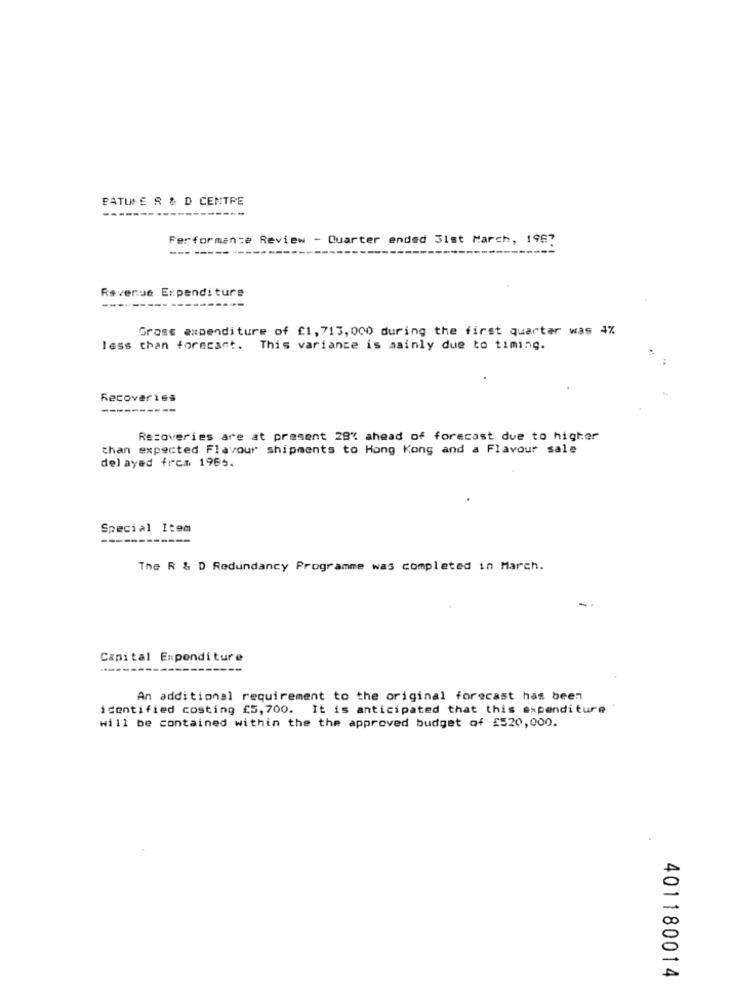
PATUNE R & D CENTRE
Performance Review - Quarter ended 31st March, 1987
Revenue Expenditure
-----
Gross expenditure of £1, 713, 000 during the first quarter was 4%
less than forecast. This variance is mainly due to timing.
Recoveries
Recoveries are at present 28% ahead of forecast due to higher
than expected Flavour shipments to Hong Kong and a Flavour sale
delayed from 1985.
Special Item
--
The R & D Redundancy Programme was completed in March.
Capital Expenditure
An additional requirement to the original forecast has been
identified costing £5, 700. It is anticipated that this expenditure
will be contained within the the approved budget of £520,000.
401180014